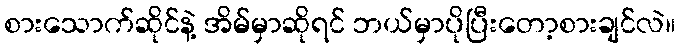
စားသောက်ဆိုင်နဲ့ အိမ်မှာဆိုရင် ဘယ်မှာပိုပြီးတော့စားချင်လဲ။